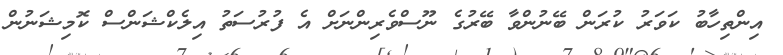
އިންތިހާބު ކަވަރު ކުރަން ބޭނުންވާ ބޭރުގެ ނޫސްވެރިންނަށް އެ ފުރުސަަތު އިލެކްޝަންސް ކޮމިޝަނުން